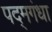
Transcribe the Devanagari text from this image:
पद्‌मगंधा